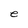
Character: e